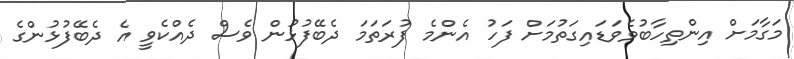
މަގާމަށް އިންތިހާބުވެވަޑައިގަތުމަށް ފަހު އެންމެ ފުރަތަމަ ދެބޭފުޅުން ވެސް ދެއްކެވީ އެ ދެބޭފުޅުންގެ